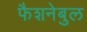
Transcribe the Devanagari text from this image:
फैशनेबुल